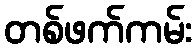
တစ်ဖက်ကမ်း